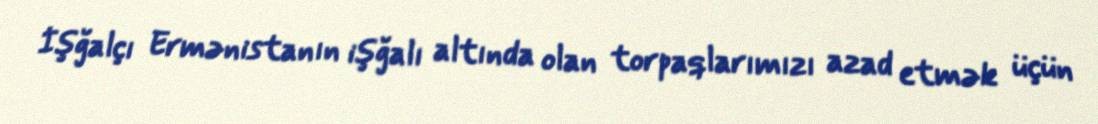
İşğalçı Ermənistanın işğalı altında olan torpaqlarımızı azad etmək üçün